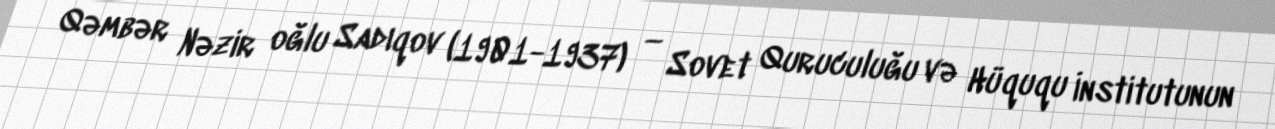
Qəmbər Nəzir oğlu Sadıqov (1901-1937) — Sovet Quruculuğu və Hüququ İnstitutunun